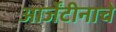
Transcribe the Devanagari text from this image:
आर्जेंटीनाचे